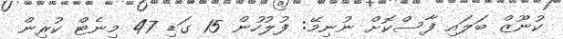
ކުނޫޒް ބަލައި ފާސްކޮށް ނުނިމޭ: ފުލުހުން 15 ގަޑި 47 މިނެޓް ކުރިން